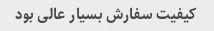
کیفیت سفارش بسیار عالی بود